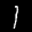
Label: 1